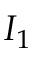
I _ { 1 }